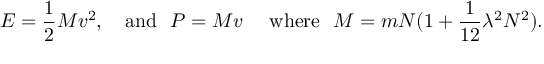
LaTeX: E = { \frac { 1 } { 2 } } M v ^ { 2 } , \ \ \ \mathrm { a n d } \ \ P = M v \ \ \ \ \mathrm { w h e r e } \ \ M = m N ( 1 + { \frac { 1 } { 1 2 } } \lambda ^ { 2 } N ^ { 2 } ) .